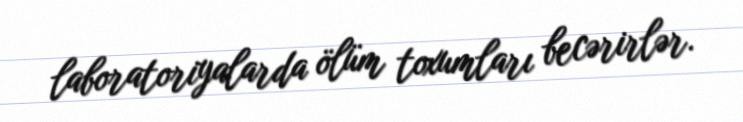
laboratoriyalarda ölüm toxumları becərirlər.